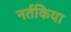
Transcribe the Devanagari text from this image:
नर्तकिया